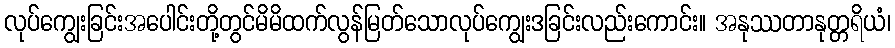
လုပ်ကျွေးခြင်းအပေါင်းတို့တွင်မိမိထက်လွန်မြတ်သောလုပ်ကျွေးဒခြင်းလည်းကောင်း။ အနုဿတာနုတ္တရိယံ၊